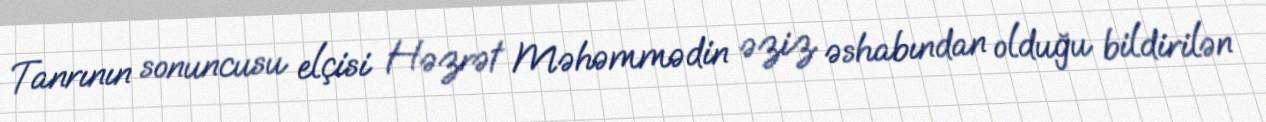
Tanrının sonuncusu elçisi Həzrət Məhəmmədin əziz əshabından olduğu bildirilən